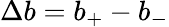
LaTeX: \Delta b=b_{+}-b_{-}